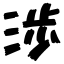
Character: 渉